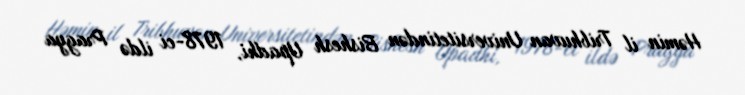
Həmin il Tribhuvan Universitetindən Bishesh Upadhi, 1978-ci ildə Pragya